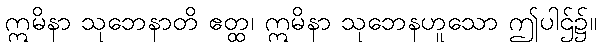
ဣမိနာ သုဘေနာတိ ဧတ္ထ၊ ဣမိနာ သုဘေနဟူသော ဤပါဌ်၌။